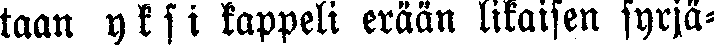
taan yksi kappeli erään likaisen syrjä-